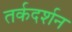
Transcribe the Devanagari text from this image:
तर्कदर्शन